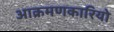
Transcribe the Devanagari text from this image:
आक्रमणकारियो